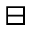
\boxminus